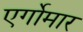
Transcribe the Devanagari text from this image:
एर्गोमार